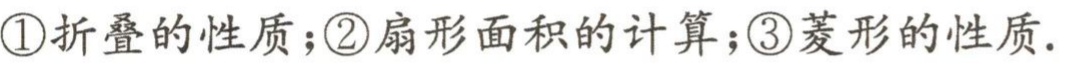
\textcircled{1}折叠的性质；\textcircled{2}扇形面积的计算；\textcircled{3}菱形的性质.